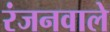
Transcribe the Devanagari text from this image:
रंजनवाले